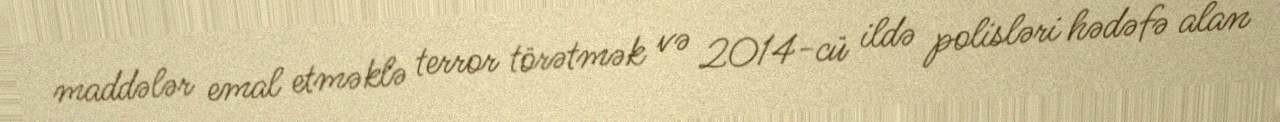
maddələr emal etməklə terror törətmək və 2014-cü ildə polisləri hədəfə alan